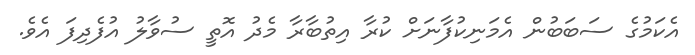
އެކަމުގެ ސަބަބުން އެމަނިކުފާނަށް ކުރާ އިތުބާރާ މެދު އޮތީ ސުވާލު އުފެދިފަ އެވެ.